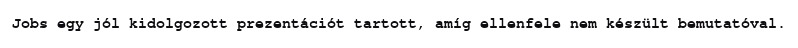
Jobs egy jól kidolgozott prezentációt tartott, amíg ellenfele nem készült bemutatóval.